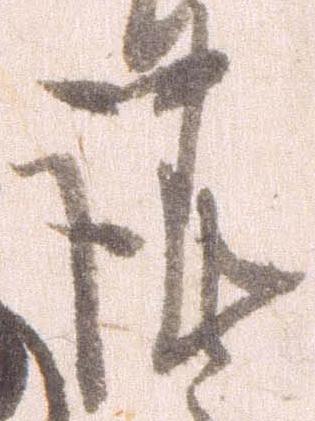
謹